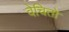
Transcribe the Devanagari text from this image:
वेचितो